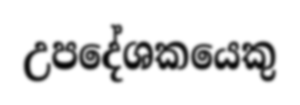
උපදේශකයෙකු